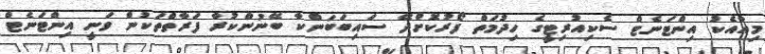
މިއާއެކު އިންޓަނެޓް ސެކިއުރިޓީގެ ހިދުމަތް ފޯރުކޮށްދޭ ސައިބަބަންކާ ބޭނުންކުރާ ފަރާތްތަކުން ވަނީ އިންޓަނެޓް